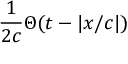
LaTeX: { \frac { 1 } { 2 c } } \Theta ( t - | x / c | )